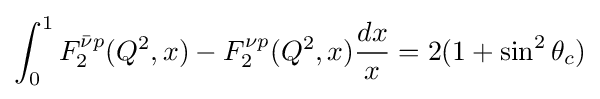
\int _{0}^{1}F_{2}^{{\bar {\nu }}p}(Q^{2},x)-F_{2}^{\nu p}(Q^{2},x){\frac {dx}{x}}=2(1+\sin ^{2}\theta _{c})